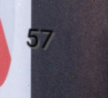
57